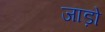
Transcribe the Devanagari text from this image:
जाड़ो